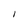
Character: I